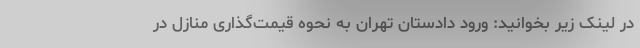
در لینک زیر بخوانید: ورود دادستان تهران به نحوه قیمت‌گذاری منازل در